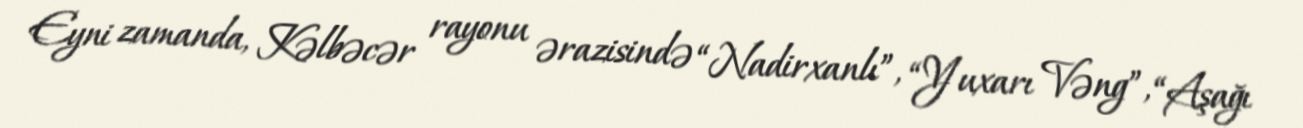
Eyni zamanda, Kəlbəcər rayonu ərazisində “Nadirxanlı”, “Yuxarı Vəng”, “Aşağı